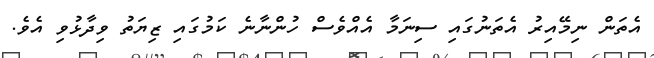
އެތަން ނިމޭއިރު އެތަނުގައި ސިނަމާ އެއްވެސް ހުންނާނެ ކަމުގައި ޒިޔަތު ވިދާޅުވި އެވެ.